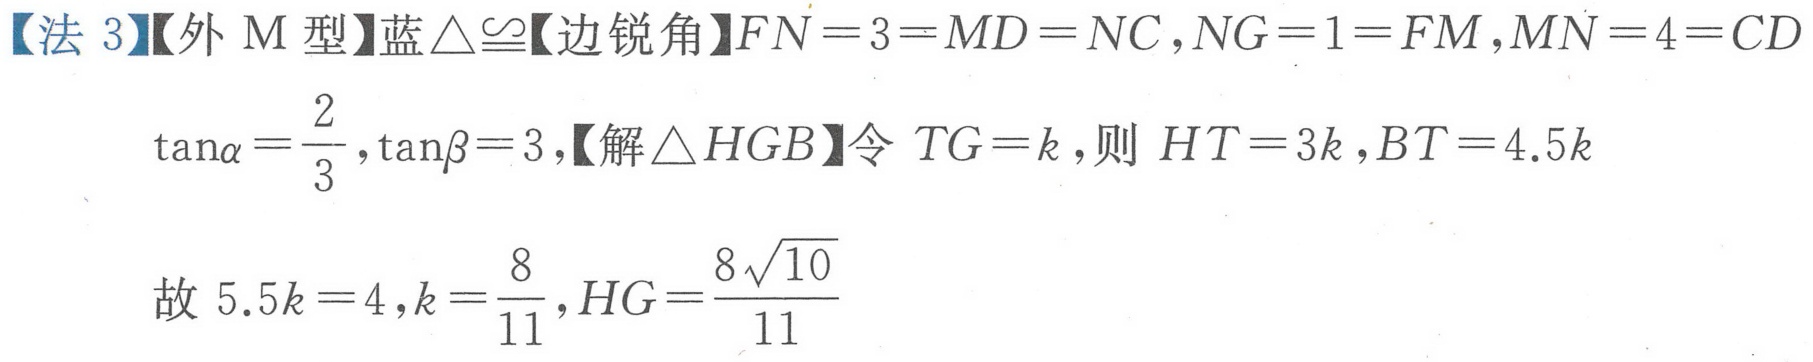
【法 3】【外 M 型】蓝$\triangle\cong$【边锐角】$FN = 3=MD = NC$,$NG = 1=FM$,$MN = 4=CD$
$\tan\alpha=\frac{2}{3},\tan\beta = 3$,【解$\triangle HGB$】令$TG = k$,则$HT = 3k$,$BT = 4.5k$
故$5.5k = 4,k=\frac{8}{11},HG=\frac{8\sqrt{10}}{11}$